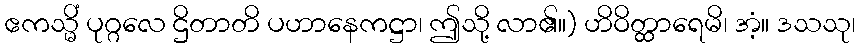
ဧကသ္မိံ ပုဂ္ဂလေ ဌိတာတိ ပဟာနေကဋ္ဌာ၊ ဤသို့ လာ၏။) ဟိဝိတ္ထာရေမိ၊ အံ့။ ဒသသု၊